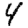
Digit: 4